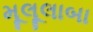
મૂલૂલાબા